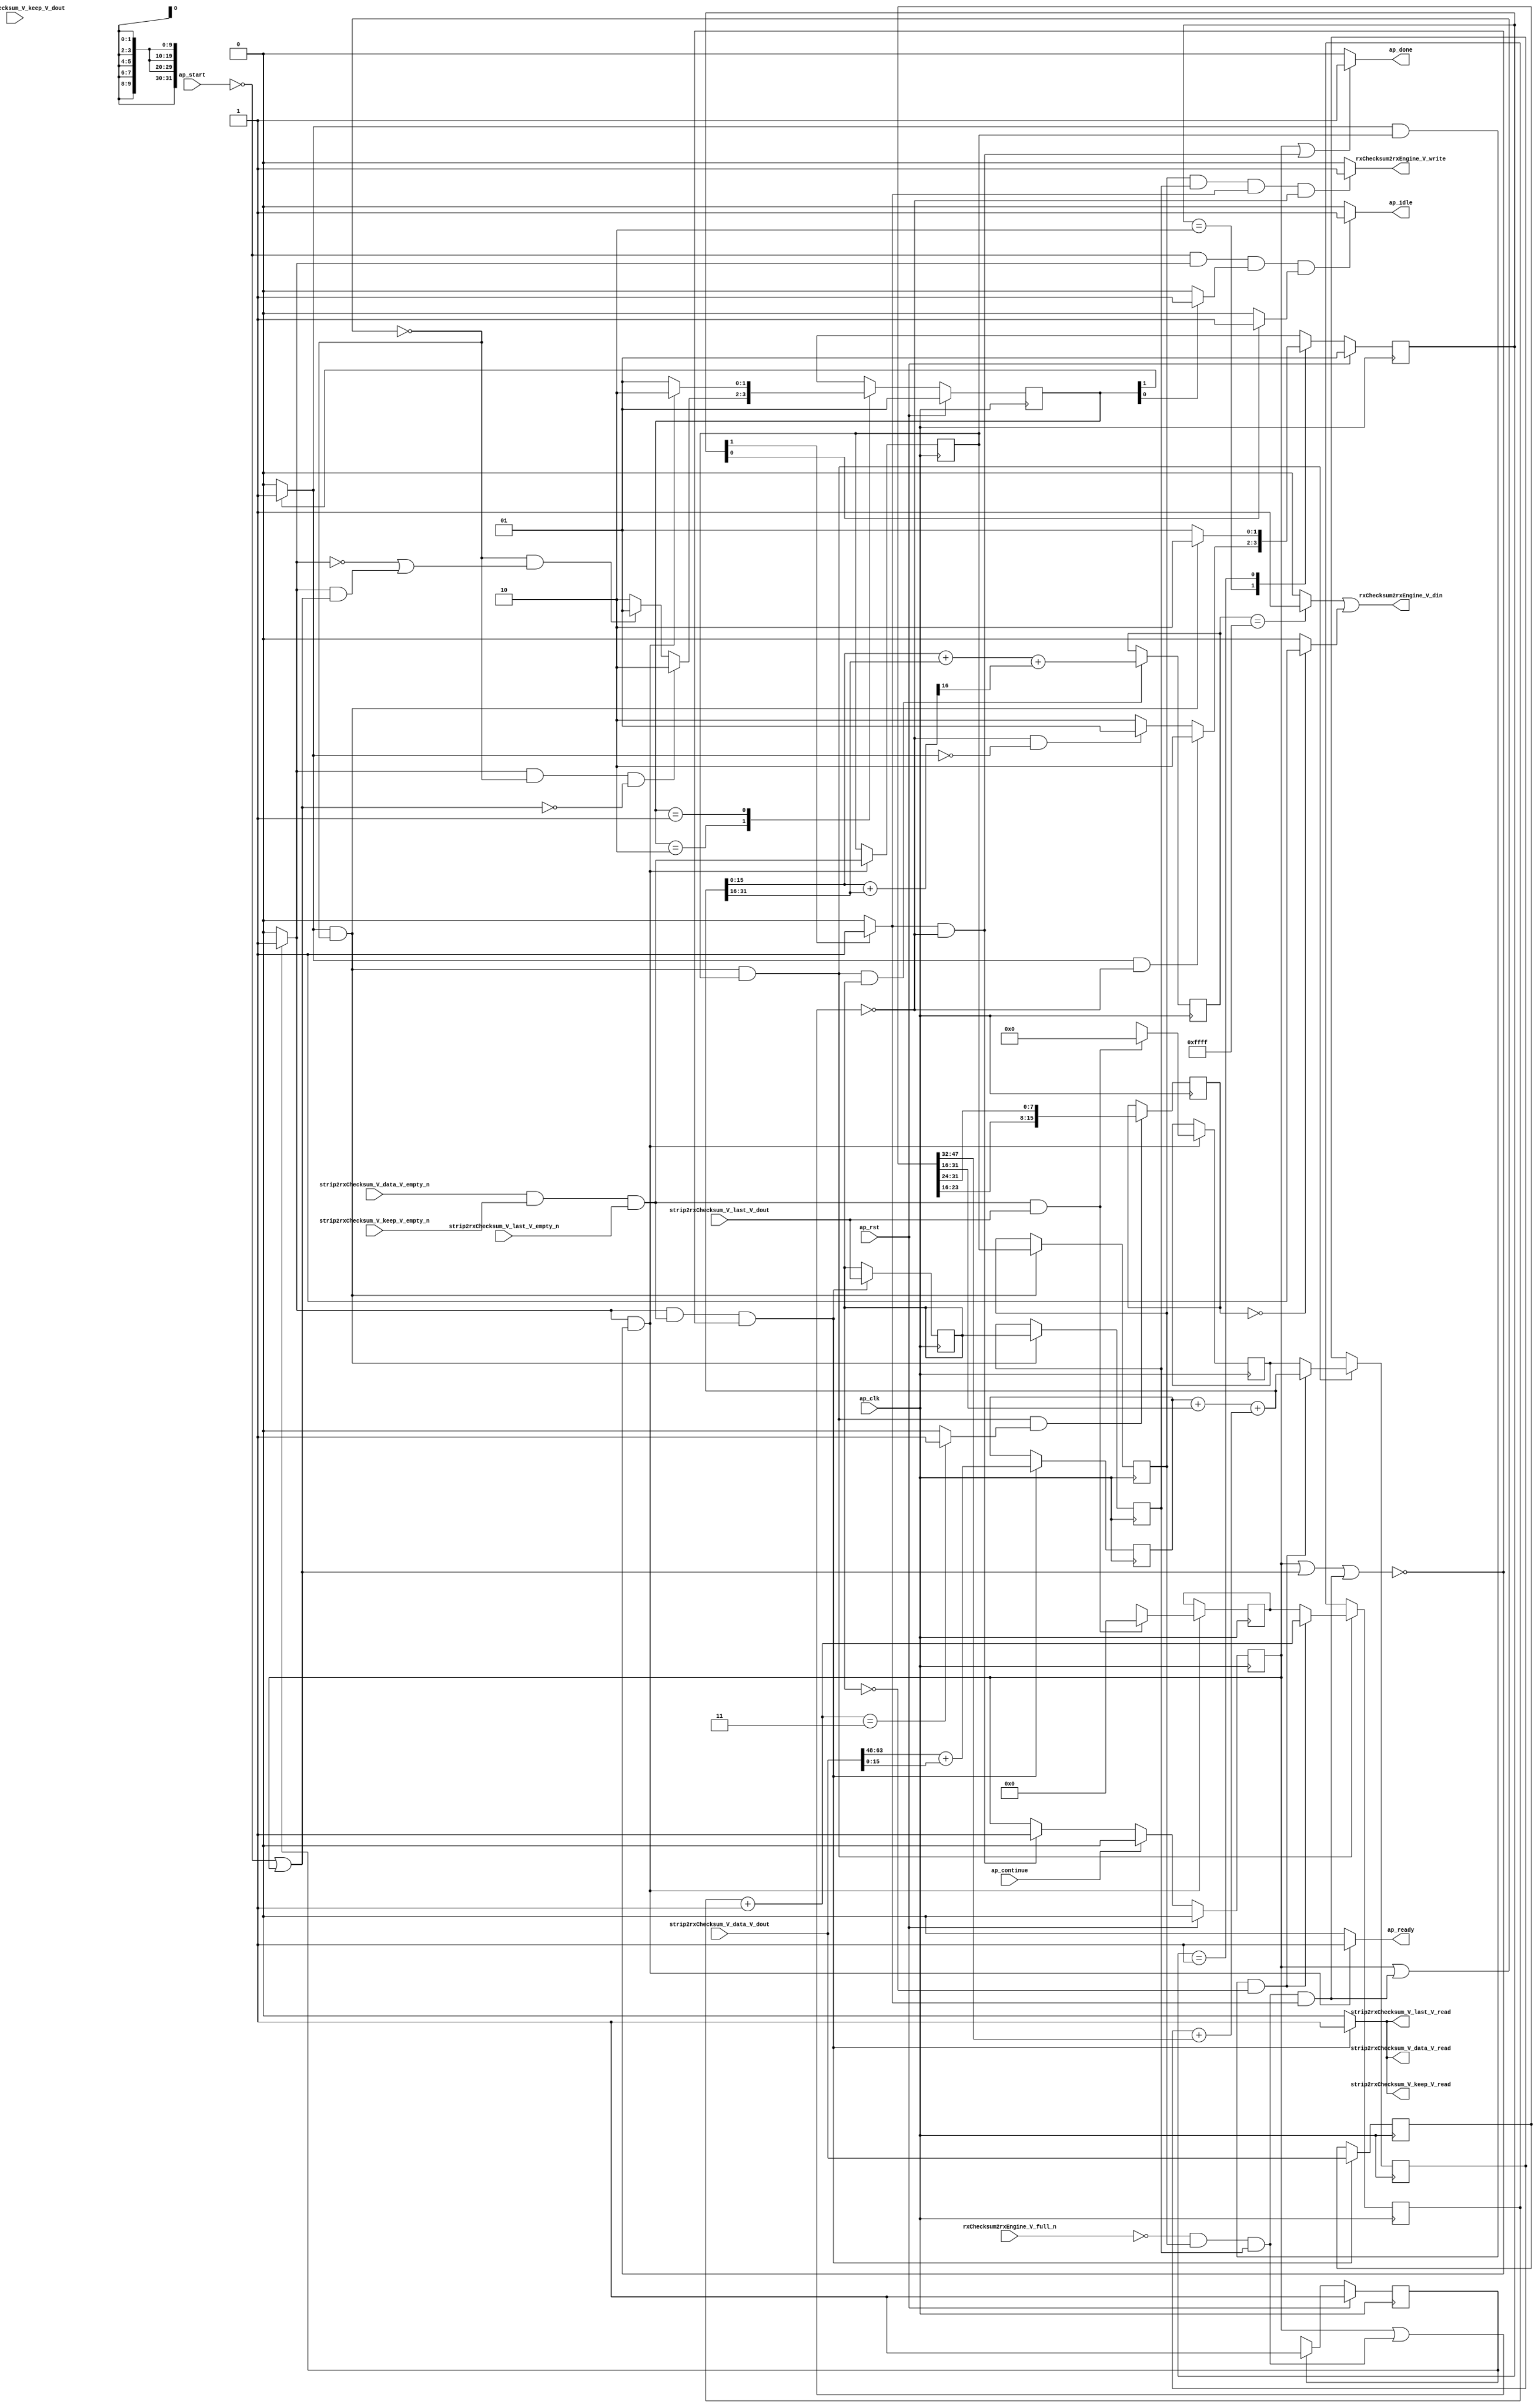
// ==============================================================
// RTL generated by Vivado(TM) HLS - High-Level Synthesis from C, C++ and SystemC
// Version: 2015.1
// Copyright (C) 2015 Xilinx Inc. All rights reserved.
// 
// ===========================================================

`timescale 1 ns / 1 ps 

module udp_rxEngineUdpChecksumVerificatio (
        ap_clk,
        ap_rst,
        ap_start,
        ap_done,
        ap_continue,
        ap_idle,
        ap_ready,
        rxChecksum2rxEngine_V_din,
        rxChecksum2rxEngine_V_full_n,
        rxChecksum2rxEngine_V_write,
        strip2rxChecksum_V_data_V_dout,
        strip2rxChecksum_V_data_V_empty_n,
        strip2rxChecksum_V_data_V_read,
        strip2rxChecksum_V_keep_V_dout,
        strip2rxChecksum_V_keep_V_empty_n,
        strip2rxChecksum_V_keep_V_read,
        strip2rxChecksum_V_last_V_dout,
        strip2rxChecksum_V_last_V_empty_n,
        strip2rxChecksum_V_last_V_read
);

parameter    ap_const_logic_1 = 1'b1;
parameter    ap_const_logic_0 = 1'b0;
parameter    ap_ST_st1_fsm0_0 = 1'b1;
parameter    ap_ST_st2_fsm1_1 = 2'b10;
parameter    ap_ST_st3_fsm2_1 = 2'b10;
parameter    ap_ST_st0_fsm1_0 = 2'b1;
parameter    ap_ST_st0_fsm2_0 = 2'b1;
parameter    ap_const_lv32_0 = 32'b00000000000000000000000000000000;
parameter    ap_const_lv1_1 = 1'b1;
parameter    ap_const_lv1_0 = 1'b0;
parameter    ap_const_lv32_1 = 32'b1;
parameter    ap_const_lv10_0 = 10'b0000000000;
parameter    ap_const_lv16_0 = 16'b0000000000000000;
parameter    ap_const_lv32_30 = 32'b110000;
parameter    ap_const_lv32_3F = 32'b111111;
parameter    ap_const_lv10_1 = 10'b1;
parameter    ap_const_lv10_3 = 10'b11;
parameter    ap_const_lv32_18 = 32'b11000;
parameter    ap_const_lv32_1F = 32'b11111;
parameter    ap_const_lv32_10 = 32'b10000;
parameter    ap_const_lv32_17 = 32'b10111;
parameter    ap_const_lv32_20 = 32'b100000;
parameter    ap_const_lv32_2F = 32'b101111;
parameter    ap_const_lv16_FFFF = 16'b1111111111111111;
parameter    ap_true = 1'b1;

input   ap_clk;
input   ap_rst;
input   ap_start;
output   ap_done;
input   ap_continue;
output   ap_idle;
output   ap_ready;
output  [0:0] rxChecksum2rxEngine_V_din;
input   rxChecksum2rxEngine_V_full_n;
output   rxChecksum2rxEngine_V_write;
input  [63:0] strip2rxChecksum_V_data_V_dout;
input   strip2rxChecksum_V_data_V_empty_n;
output   strip2rxChecksum_V_data_V_read;
input  [7:0] strip2rxChecksum_V_keep_V_dout;
input   strip2rxChecksum_V_keep_V_empty_n;
output   strip2rxChecksum_V_keep_V_read;
input  [0:0] strip2rxChecksum_V_last_V_dout;
input   strip2rxChecksum_V_last_V_empty_n;
output   strip2rxChecksum_V_last_V_read;

reg ap_done;
reg ap_idle;
reg ap_ready;
reg rxChecksum2rxEngine_V_write;
reg    ap_done_reg = 1'b0;
(* fsm_encoding = "none" *) reg   [0:0] ap_CS_fsm0 = 1'b1;
reg    ap_sig_cseq_ST_st1_fsm0_0;
reg    ap_sig_bdd_26;
(* fsm_encoding = "none" *) reg   [1:0] ap_CS_fsm1 = 2'b1;
reg    ap_sig_cseq_ST_st0_fsm1_0;
reg    ap_sig_bdd_37;
(* fsm_encoding = "none" *) reg   [1:0] ap_CS_fsm2 = 2'b1;
reg    ap_sig_cseq_ST_st0_fsm2_0;
reg    ap_sig_bdd_45;
wire    strip2rxChecksum_V_data_V0_status;
wire   [0:0] tmp_nbreadreq_fu_84_p5;
reg    ap_sig_bdd_60;
reg    ap_sig_cseq_ST_st2_fsm1_1;
reg    ap_sig_bdd_66;
reg   [0:0] tmp_reg_367;
reg   [0:0] ap_reg_ppstg_tmp_reg_367_pp0_it1;
reg   [0:0] tmp_last_V_reg_379;
reg   [0:0] ap_reg_ppstg_tmp_last_V_reg_379_pp0_it1;
reg    ap_sig_bdd_83;
reg    ap_sig_cseq_ST_st3_fsm2_1;
reg    ap_sig_bdd_88;
reg   [9:0] wordCounter_V = 10'b0000000000;
reg   [15:0] receivedChecksum_V = 16'b0000000000000000;
reg   [31:0] udpChecksum_V = 32'b00000000000000000000000000000000;
wire   [0:0] ap_reg_ppstg_tmp_reg_367_pp0_it0;
reg   [63:0] tmp_data_V_reg_371;
wire   [0:0] tmp_last_V_fu_140_p1;
wire   [0:0] ap_reg_ppstg_tmp_last_V_reg_379_pp0_it0;
wire   [16:0] tmp5_fu_166_p2;
reg   [16:0] tmp5_reg_383;
wire   [0:0] tmp_43_fu_183_p2;
wire   [15:0] tmp_48_fu_327_p2;
reg   [15:0] tmp_48_reg_392;
wire   [9:0] ap_reg_phiprechg_wordCounter_V_new_reg_113pp0_it0;
reg   [9:0] ap_reg_phiprechg_wordCounter_V_new_reg_113pp0_it1;
reg   [9:0] wordCounter_V_new_phi_fu_117_p4;
wire   [9:0] tmp_s_fu_176_p2;
wire   [31:0] ap_reg_phiprechg_udpChecksum_V_new_reg_124pp0_it0;
reg   [31:0] ap_reg_phiprechg_udpChecksum_V_new_reg_124pp0_it1;
reg   [31:0] udpChecksum_V_new_phi_fu_128_p4;
wire   [31:0] tmp_46_fu_270_p2;
reg    strip2rxChecksum_V_data_V0_update;
wire   [15:0] tmp_44_fu_207_p3;
wire   [15:0] p_Result_9_fu_144_p4;
wire   [15:0] tmp_92_fu_158_p1;
wire   [16:0] tmp_48_cast_fu_154_p1;
wire   [16:0] tmp_51_cast_fu_162_p1;
wire   [7:0] p_Result_s_34_fu_198_p4;
wire   [7:0] p_Result_s_fu_189_p4;
wire   [15:0] p_Result_10_fu_225_p4;
wire   [15:0] p_Result_11_fu_238_p4;
wire   [31:0] tmp_45_fu_234_p1;
wire   [17:0] tmp5_cast_fu_257_p1;
wire   [17:0] tmp_50_cast_fu_247_p1;
wire   [17:0] tmp4_fu_260_p2;
wire   [31:0] tmp4_cast_fu_266_p1;
wire   [31:0] tmp3_fu_251_p2;
wire   [15:0] tmp_93_fu_277_p1;
wire   [15:0] r_V_fu_285_p4;
wire   [16:0] tmp_59_cast_fu_281_p1;
wire   [16:0] r_V_cast_fu_295_p1;
wire   [15:0] tmp_94_fu_305_p1;
wire   [16:0] tmp_47_fu_299_p2;
wire   [0:0] tmp_96_fu_315_p3;
wire   [15:0] tmp_95_fu_309_p2;
wire   [15:0] r_V_3_fu_323_p1;
wire   [0:0] tmp_49_fu_345_p2;
wire   [0:0] tmp_50_fu_354_p2;
reg   [0:0] ap_NS_fsm0;
reg   [1:0] ap_NS_fsm1;
reg   [1:0] ap_NS_fsm2;
reg    ap_sig_bdd_153;
reg    ap_sig_bdd_95;




/// the current state (ap_CS_fsm0) of the state machine. ///
always @ (posedge ap_clk)
begin : ap_ret_ap_CS_fsm0
    if (ap_rst == 1'b1) begin
        ap_CS_fsm0 <= ap_ST_st1_fsm0_0;
    end else begin
        ap_CS_fsm0 <= ap_NS_fsm0;
    end
end

/// the current state (ap_CS_fsm1) of the state machine. ///
always @ (posedge ap_clk)
begin : ap_ret_ap_CS_fsm1
    if (ap_rst == 1'b1) begin
        ap_CS_fsm1 <= ap_ST_st0_fsm1_0;
    end else begin
        ap_CS_fsm1 <= ap_NS_fsm1;
    end
end

/// the current state (ap_CS_fsm2) of the state machine. ///
always @ (posedge ap_clk)
begin : ap_ret_ap_CS_fsm2
    if (ap_rst == 1'b1) begin
        ap_CS_fsm2 <= ap_ST_st0_fsm2_0;
    end else begin
        ap_CS_fsm2 <= ap_NS_fsm2;
    end
end

/// ap_done_reg assign process. ///
always @ (posedge ap_clk)
begin : ap_ret_ap_done_reg
    if (ap_rst == 1'b1) begin
        ap_done_reg <= ap_const_logic_0;
    end else begin
        if ((ap_const_logic_1 == ap_continue)) begin
            ap_done_reg <= ap_const_logic_0;
        end else if (((ap_const_logic_1 == ap_sig_cseq_ST_st3_fsm2_1) & ~((ap_done_reg == ap_const_logic_1) | ap_sig_bdd_83))) begin
            ap_done_reg <= ap_const_logic_1;
        end
    end
end

/// assign process. ///
always @(posedge ap_clk)
begin
    if (ap_sig_bdd_95) begin
        if (ap_sig_bdd_153) begin
            ap_reg_phiprechg_udpChecksum_V_new_reg_124pp0_it1 <= ap_const_lv32_0;
        end else if ((ap_true == ap_true)) begin
            ap_reg_phiprechg_udpChecksum_V_new_reg_124pp0_it1 <= ap_reg_phiprechg_udpChecksum_V_new_reg_124pp0_it0;
        end
    end
end

/// assign process. ///
always @(posedge ap_clk)
begin
    if (ap_sig_bdd_95) begin
        if (ap_sig_bdd_153) begin
            ap_reg_phiprechg_wordCounter_V_new_reg_113pp0_it1 <= ap_const_lv10_0;
        end else if ((ap_true == ap_true)) begin
            ap_reg_phiprechg_wordCounter_V_new_reg_113pp0_it1 <= ap_reg_phiprechg_wordCounter_V_new_reg_113pp0_it0;
        end
    end
end

/// assign process. ///
always @(posedge ap_clk)
begin
    if (((ap_const_logic_1 == ap_sig_cseq_ST_st2_fsm1_1) & ~((ap_done_reg == ap_const_logic_1) | (ap_sig_bdd_83 & (ap_const_logic_1 == ap_sig_cseq_ST_st3_fsm2_1))))) begin
        ap_reg_ppstg_tmp_last_V_reg_379_pp0_it1 <= tmp_last_V_reg_379;
        ap_reg_ppstg_tmp_reg_367_pp0_it1 <= tmp_reg_367;
    end
end

/// assign process. ///
always @(posedge ap_clk)
begin
    if (((ap_const_logic_1 == ap_sig_cseq_ST_st2_fsm1_1) & ~((ap_done_reg == ap_const_logic_1) | (ap_sig_bdd_83 & (ap_const_logic_1 == ap_sig_cseq_ST_st3_fsm2_1))) & ~(ap_const_lv1_0 == ap_reg_ppstg_tmp_reg_367_pp0_it0) & ~(ap_const_lv1_0 == tmp_43_fu_183_p2))) begin
        receivedChecksum_V <= tmp_44_fu_207_p3;
    end
end

/// assign process. ///
always @(posedge ap_clk)
begin
    if (((ap_const_logic_1 == ap_sig_cseq_ST_st1_fsm0_0) & ~(tmp_nbreadreq_fu_84_p5 == ap_const_lv1_0) & ~((ap_done_reg == ap_const_logic_1) | ap_sig_bdd_60 | (ap_sig_bdd_83 & (ap_const_logic_1 == ap_sig_cseq_ST_st3_fsm2_1))))) begin
        tmp5_reg_383 <= tmp5_fu_166_p2;
        tmp_data_V_reg_371 <= strip2rxChecksum_V_data_V_dout;
        tmp_last_V_reg_379 <= strip2rxChecksum_V_last_V_dout;
    end
end

/// assign process. ///
always @(posedge ap_clk)
begin
    if (((ap_const_logic_1 == ap_sig_cseq_ST_st2_fsm1_1) & ~((ap_done_reg == ap_const_logic_1) | (ap_sig_bdd_83 & (ap_const_logic_1 == ap_sig_cseq_ST_st3_fsm2_1))) & ~(ap_const_lv1_0 == ap_reg_ppstg_tmp_reg_367_pp0_it0) & ~(ap_const_lv1_0 == ap_reg_ppstg_tmp_last_V_reg_379_pp0_it0))) begin
        tmp_48_reg_392 <= tmp_48_fu_327_p2;
    end
end

/// assign process. ///
always @(posedge ap_clk)
begin
    if (((ap_const_logic_1 == ap_sig_cseq_ST_st1_fsm0_0) & ~((ap_done_reg == ap_const_logic_1) | ap_sig_bdd_60 | (ap_sig_bdd_83 & (ap_const_logic_1 == ap_sig_cseq_ST_st3_fsm2_1))))) begin
        tmp_reg_367 <= tmp_nbreadreq_fu_84_p5;
    end
end

/// assign process. ///
always @(posedge ap_clk)
begin
    if (((ap_const_logic_1 == ap_sig_cseq_ST_st2_fsm1_1) & ~((ap_done_reg == ap_const_logic_1) | (ap_sig_bdd_83 & (ap_const_logic_1 == ap_sig_cseq_ST_st3_fsm2_1))) & ~(ap_const_lv1_0 == ap_reg_ppstg_tmp_reg_367_pp0_it0))) begin
        udpChecksum_V <= udpChecksum_V_new_phi_fu_128_p4;
        wordCounter_V <= wordCounter_V_new_phi_fu_117_p4;
    end
end

/// ap_done assign process. ///
always @ (ap_done_reg or ap_sig_bdd_83 or ap_sig_cseq_ST_st3_fsm2_1)
begin
    if (((ap_const_logic_1 == ap_done_reg) | ((ap_const_logic_1 == ap_sig_cseq_ST_st3_fsm2_1) & ~((ap_done_reg == ap_const_logic_1) | ap_sig_bdd_83)))) begin
        ap_done = ap_const_logic_1;
    end else begin
        ap_done = ap_const_logic_0;
    end
end

/// ap_idle assign process. ///
always @ (ap_start or ap_sig_cseq_ST_st1_fsm0_0 or ap_sig_cseq_ST_st0_fsm1_0 or ap_sig_cseq_ST_st0_fsm2_0)
begin
    if ((~(ap_const_logic_1 == ap_start) & (ap_const_logic_1 == ap_sig_cseq_ST_st1_fsm0_0) & (ap_const_logic_1 == ap_sig_cseq_ST_st0_fsm1_0) & (ap_const_logic_1 == ap_sig_cseq_ST_st0_fsm2_0))) begin
        ap_idle = ap_const_logic_1;
    end else begin
        ap_idle = ap_const_logic_0;
    end
end

/// ap_ready assign process. ///
always @ (ap_done_reg or ap_sig_cseq_ST_st1_fsm0_0 or ap_sig_bdd_60 or ap_sig_bdd_83 or ap_sig_cseq_ST_st3_fsm2_1)
begin
    if (((ap_const_logic_1 == ap_sig_cseq_ST_st1_fsm0_0) & ~((ap_done_reg == ap_const_logic_1) | ap_sig_bdd_60 | (ap_sig_bdd_83 & (ap_const_logic_1 == ap_sig_cseq_ST_st3_fsm2_1))))) begin
        ap_ready = ap_const_logic_1;
    end else begin
        ap_ready = ap_const_logic_0;
    end
end

/// ap_sig_cseq_ST_st0_fsm1_0 assign process. ///
always @ (ap_sig_bdd_37)
begin
    if (ap_sig_bdd_37) begin
        ap_sig_cseq_ST_st0_fsm1_0 = ap_const_logic_1;
    end else begin
        ap_sig_cseq_ST_st0_fsm1_0 = ap_const_logic_0;
    end
end

/// ap_sig_cseq_ST_st0_fsm2_0 assign process. ///
always @ (ap_sig_bdd_45)
begin
    if (ap_sig_bdd_45) begin
        ap_sig_cseq_ST_st0_fsm2_0 = ap_const_logic_1;
    end else begin
        ap_sig_cseq_ST_st0_fsm2_0 = ap_const_logic_0;
    end
end

/// ap_sig_cseq_ST_st1_fsm0_0 assign process. ///
always @ (ap_sig_bdd_26)
begin
    if (ap_sig_bdd_26) begin
        ap_sig_cseq_ST_st1_fsm0_0 = ap_const_logic_1;
    end else begin
        ap_sig_cseq_ST_st1_fsm0_0 = ap_const_logic_0;
    end
end

/// ap_sig_cseq_ST_st2_fsm1_1 assign process. ///
always @ (ap_sig_bdd_66)
begin
    if (ap_sig_bdd_66) begin
        ap_sig_cseq_ST_st2_fsm1_1 = ap_const_logic_1;
    end else begin
        ap_sig_cseq_ST_st2_fsm1_1 = ap_const_logic_0;
    end
end

/// ap_sig_cseq_ST_st3_fsm2_1 assign process. ///
always @ (ap_sig_bdd_88)
begin
    if (ap_sig_bdd_88) begin
        ap_sig_cseq_ST_st3_fsm2_1 = ap_const_logic_1;
    end else begin
        ap_sig_cseq_ST_st3_fsm2_1 = ap_const_logic_0;
    end
end

/// rxChecksum2rxEngine_V_write assign process. ///
always @ (ap_done_reg or ap_reg_ppstg_tmp_reg_367_pp0_it1 or ap_reg_ppstg_tmp_last_V_reg_379_pp0_it1 or ap_sig_bdd_83 or ap_sig_cseq_ST_st3_fsm2_1)
begin
    if ((~(ap_const_lv1_0 == ap_reg_ppstg_tmp_reg_367_pp0_it1) & ~(ap_const_lv1_0 == ap_reg_ppstg_tmp_last_V_reg_379_pp0_it1) & (ap_const_logic_1 == ap_sig_cseq_ST_st3_fsm2_1) & ~((ap_done_reg == ap_const_logic_1) | ap_sig_bdd_83))) begin
        rxChecksum2rxEngine_V_write = ap_const_logic_1;
    end else begin
        rxChecksum2rxEngine_V_write = ap_const_logic_0;
    end
end

/// strip2rxChecksum_V_data_V0_update assign process. ///
always @ (ap_done_reg or ap_sig_cseq_ST_st1_fsm0_0 or tmp_nbreadreq_fu_84_p5 or ap_sig_bdd_60 or ap_sig_bdd_83 or ap_sig_cseq_ST_st3_fsm2_1)
begin
    if (((ap_const_logic_1 == ap_sig_cseq_ST_st1_fsm0_0) & ~(tmp_nbreadreq_fu_84_p5 == ap_const_lv1_0) & ~((ap_done_reg == ap_const_logic_1) | ap_sig_bdd_60 | (ap_sig_bdd_83 & (ap_const_logic_1 == ap_sig_cseq_ST_st3_fsm2_1))))) begin
        strip2rxChecksum_V_data_V0_update = ap_const_logic_1;
    end else begin
        strip2rxChecksum_V_data_V0_update = ap_const_logic_0;
    end
end

/// udpChecksum_V_new_phi_fu_128_p4 assign process. ///
always @ (ap_sig_cseq_ST_st2_fsm1_1 or ap_reg_ppstg_tmp_reg_367_pp0_it0 or ap_reg_ppstg_tmp_last_V_reg_379_pp0_it0 or ap_reg_phiprechg_udpChecksum_V_new_reg_124pp0_it1 or tmp_46_fu_270_p2)
begin
    if (((ap_const_logic_1 == ap_sig_cseq_ST_st2_fsm1_1) & ~(ap_const_lv1_0 == ap_reg_ppstg_tmp_reg_367_pp0_it0) & (ap_const_lv1_0 == ap_reg_ppstg_tmp_last_V_reg_379_pp0_it0))) begin
        udpChecksum_V_new_phi_fu_128_p4 = tmp_46_fu_270_p2;
    end else begin
        udpChecksum_V_new_phi_fu_128_p4 = ap_reg_phiprechg_udpChecksum_V_new_reg_124pp0_it1;
    end
end

/// wordCounter_V_new_phi_fu_117_p4 assign process. ///
always @ (ap_sig_cseq_ST_st2_fsm1_1 or ap_reg_ppstg_tmp_reg_367_pp0_it0 or ap_reg_ppstg_tmp_last_V_reg_379_pp0_it0 or ap_reg_phiprechg_wordCounter_V_new_reg_113pp0_it1 or tmp_s_fu_176_p2)
begin
    if (((ap_const_logic_1 == ap_sig_cseq_ST_st2_fsm1_1) & ~(ap_const_lv1_0 == ap_reg_ppstg_tmp_reg_367_pp0_it0) & (ap_const_lv1_0 == ap_reg_ppstg_tmp_last_V_reg_379_pp0_it0))) begin
        wordCounter_V_new_phi_fu_117_p4 = tmp_s_fu_176_p2;
    end else begin
        wordCounter_V_new_phi_fu_117_p4 = ap_reg_phiprechg_wordCounter_V_new_reg_113pp0_it1;
    end
end
/// the next state (ap_NS_fsm2) of the state machine. ///
always @ (ap_done_reg or ap_CS_fsm2 or ap_sig_cseq_ST_st2_fsm1_1 or ap_sig_bdd_83 or ap_sig_cseq_ST_st3_fsm2_1)
begin
    case (ap_CS_fsm2)
        ap_ST_st3_fsm2_1 : 
        begin
            if (((ap_const_logic_1 == ap_sig_cseq_ST_st2_fsm1_1) & ~((ap_done_reg == ap_const_logic_1) | ap_sig_bdd_83))) begin
                ap_NS_fsm2 = ap_ST_st3_fsm2_1;
            end else if ((~((ap_done_reg == ap_const_logic_1) | ap_sig_bdd_83) & ~(ap_const_logic_1 == ap_sig_cseq_ST_st2_fsm1_1))) begin
                ap_NS_fsm2 = ap_ST_st0_fsm2_0;
            end else begin
                ap_NS_fsm2 = ap_ST_st3_fsm2_1;
            end
        end
        ap_ST_st0_fsm2_0 : 
        begin
            if (((ap_const_logic_1 == ap_sig_cseq_ST_st2_fsm1_1) & ~((ap_done_reg == ap_const_logic_1) | (ap_sig_bdd_83 & (ap_const_logic_1 == ap_sig_cseq_ST_st3_fsm2_1))))) begin
                ap_NS_fsm2 = ap_ST_st3_fsm2_1;
            end else begin
                ap_NS_fsm2 = ap_ST_st0_fsm2_0;
            end
        end
        default : 
        begin
            ap_NS_fsm2 = 'bx;
        end
    endcase
end

/// the next state (ap_NS_fsm0) of the state machine. ///
always @ (ap_done_reg or ap_CS_fsm0 or ap_sig_bdd_60 or ap_sig_bdd_83 or ap_sig_cseq_ST_st3_fsm2_1)
begin
    case (ap_CS_fsm0)
        ap_ST_st1_fsm0_0 : 
        begin
            ap_NS_fsm0 = ap_ST_st1_fsm0_0;
        end
        default : 
        begin
            ap_NS_fsm0 = 'bx;
        end
    endcase
end

/// the next state (ap_NS_fsm1) of the state machine. ///
always @ (ap_done_reg or ap_sig_cseq_ST_st1_fsm0_0 or ap_CS_fsm1 or ap_sig_bdd_60 or ap_sig_bdd_83 or ap_sig_cseq_ST_st3_fsm2_1)
begin
    case (ap_CS_fsm1)
        ap_ST_st2_fsm1_1 : 
        begin
            if (((ap_const_logic_1 == ap_sig_cseq_ST_st1_fsm0_0) & ~((ap_done_reg == ap_const_logic_1) | (ap_sig_bdd_83 & (ap_const_logic_1 == ap_sig_cseq_ST_st3_fsm2_1))) & ~ap_sig_bdd_60)) begin
                ap_NS_fsm1 = ap_ST_st2_fsm1_1;
            end else if ((~((ap_done_reg == ap_const_logic_1) | (ap_sig_bdd_83 & (ap_const_logic_1 == ap_sig_cseq_ST_st3_fsm2_1))) & (~(ap_const_logic_1 == ap_sig_cseq_ST_st1_fsm0_0) | ((ap_const_logic_1 == ap_sig_cseq_ST_st1_fsm0_0) & ap_sig_bdd_60)))) begin
                ap_NS_fsm1 = ap_ST_st0_fsm1_0;
            end else begin
                ap_NS_fsm1 = ap_ST_st2_fsm1_1;
            end
        end
        ap_ST_st0_fsm1_0 : 
        begin
            if (((ap_const_logic_1 == ap_sig_cseq_ST_st1_fsm0_0) & ~((ap_done_reg == ap_const_logic_1) | ap_sig_bdd_60 | (ap_sig_bdd_83 & (ap_const_logic_1 == ap_sig_cseq_ST_st3_fsm2_1))))) begin
                ap_NS_fsm1 = ap_ST_st2_fsm1_1;
            end else begin
                ap_NS_fsm1 = ap_ST_st0_fsm1_0;
            end
        end
        default : 
        begin
            ap_NS_fsm1 = 'bx;
        end
    endcase
end

assign ap_reg_phiprechg_udpChecksum_V_new_reg_124pp0_it0 = 'bx;
assign ap_reg_phiprechg_wordCounter_V_new_reg_113pp0_it0 = 'bx;
assign ap_reg_ppstg_tmp_last_V_reg_379_pp0_it0 = tmp_last_V_reg_379;
assign ap_reg_ppstg_tmp_reg_367_pp0_it0 = tmp_reg_367;

/// ap_sig_bdd_153 assign process. ///
always @ (tmp_nbreadreq_fu_84_p5 or tmp_last_V_fu_140_p1)
begin
    ap_sig_bdd_153 = (~(tmp_nbreadreq_fu_84_p5 == ap_const_lv1_0) & ~(ap_const_lv1_0 == tmp_last_V_fu_140_p1));
end

/// ap_sig_bdd_26 assign process. ///
always @ (ap_CS_fsm0)
begin
    ap_sig_bdd_26 = (ap_CS_fsm0[ap_const_lv32_0] == ap_const_lv1_1);
end

/// ap_sig_bdd_37 assign process. ///
always @ (ap_CS_fsm1)
begin
    ap_sig_bdd_37 = (ap_const_lv1_1 == ap_CS_fsm1[ap_const_lv32_0]);
end

/// ap_sig_bdd_45 assign process. ///
always @ (ap_CS_fsm2)
begin
    ap_sig_bdd_45 = (ap_const_lv1_1 == ap_CS_fsm2[ap_const_lv32_0]);
end

/// ap_sig_bdd_60 assign process. ///
always @ (ap_start or ap_done_reg or strip2rxChecksum_V_data_V0_status or tmp_nbreadreq_fu_84_p5)
begin
    ap_sig_bdd_60 = (((strip2rxChecksum_V_data_V0_status == ap_const_logic_0) & ~(tmp_nbreadreq_fu_84_p5 == ap_const_lv1_0)) | (ap_start == ap_const_logic_0) | (ap_done_reg == ap_const_logic_1));
end

/// ap_sig_bdd_66 assign process. ///
always @ (ap_CS_fsm1)
begin
    ap_sig_bdd_66 = (ap_const_lv1_1 == ap_CS_fsm1[ap_const_lv32_1]);
end

/// ap_sig_bdd_83 assign process. ///
always @ (rxChecksum2rxEngine_V_full_n or ap_reg_ppstg_tmp_reg_367_pp0_it1 or ap_reg_ppstg_tmp_last_V_reg_379_pp0_it1)
begin
    ap_sig_bdd_83 = ((rxChecksum2rxEngine_V_full_n == ap_const_logic_0) & ~(ap_const_lv1_0 == ap_reg_ppstg_tmp_reg_367_pp0_it1) & ~(ap_const_lv1_0 == ap_reg_ppstg_tmp_last_V_reg_379_pp0_it1));
end

/// ap_sig_bdd_88 assign process. ///
always @ (ap_CS_fsm2)
begin
    ap_sig_bdd_88 = (ap_const_lv1_1 == ap_CS_fsm2[ap_const_lv32_1]);
end

/// ap_sig_bdd_95 assign process. ///
always @ (ap_done_reg or ap_sig_cseq_ST_st1_fsm0_0 or ap_sig_bdd_60 or ap_sig_bdd_83 or ap_sig_cseq_ST_st3_fsm2_1)
begin
    ap_sig_bdd_95 = ((ap_const_logic_1 == ap_sig_cseq_ST_st1_fsm0_0) & ~((ap_done_reg == ap_const_logic_1) | ap_sig_bdd_60 | (ap_sig_bdd_83 & (ap_const_logic_1 == ap_sig_cseq_ST_st3_fsm2_1))));
end
assign p_Result_10_fu_225_p4 = {{tmp_data_V_reg_371[ap_const_lv32_2F : ap_const_lv32_20]}};
assign p_Result_11_fu_238_p4 = {{tmp_data_V_reg_371[ap_const_lv32_1F : ap_const_lv32_10]}};
assign p_Result_9_fu_144_p4 = {{strip2rxChecksum_V_data_V_dout[ap_const_lv32_3F : ap_const_lv32_30]}};
assign p_Result_s_34_fu_198_p4 = {{tmp_data_V_reg_371[ap_const_lv32_17 : ap_const_lv32_10]}};
assign p_Result_s_fu_189_p4 = {{tmp_data_V_reg_371[ap_const_lv32_1F : ap_const_lv32_18]}};
assign r_V_3_fu_323_p1 = tmp_96_fu_315_p3;
assign r_V_cast_fu_295_p1 = r_V_fu_285_p4;
assign r_V_fu_285_p4 = {{tmp_46_fu_270_p2[ap_const_lv32_1F : ap_const_lv32_10]}};
assign rxChecksum2rxEngine_V_din = (tmp_49_fu_345_p2 | tmp_50_fu_354_p2);
assign strip2rxChecksum_V_data_V0_status = (strip2rxChecksum_V_data_V_empty_n & strip2rxChecksum_V_keep_V_empty_n & strip2rxChecksum_V_last_V_empty_n);
assign strip2rxChecksum_V_data_V_read = strip2rxChecksum_V_data_V0_update;
assign strip2rxChecksum_V_keep_V_read = strip2rxChecksum_V_data_V0_update;
assign strip2rxChecksum_V_last_V_read = strip2rxChecksum_V_data_V0_update;
assign tmp3_fu_251_p2 = (udpChecksum_V + tmp_45_fu_234_p1);
assign tmp4_cast_fu_266_p1 = tmp4_fu_260_p2;
assign tmp4_fu_260_p2 = (tmp5_cast_fu_257_p1 + tmp_50_cast_fu_247_p1);
assign tmp5_cast_fu_257_p1 = tmp5_reg_383;
assign tmp5_fu_166_p2 = (tmp_48_cast_fu_154_p1 + tmp_51_cast_fu_162_p1);
assign tmp_43_fu_183_p2 = (tmp_s_fu_176_p2 == ap_const_lv10_3? 1'b1: 1'b0);
assign tmp_44_fu_207_p3 = {{p_Result_s_34_fu_198_p4}, {p_Result_s_fu_189_p4}};
assign tmp_45_fu_234_p1 = p_Result_10_fu_225_p4;
assign tmp_46_fu_270_p2 = (tmp4_cast_fu_266_p1 + tmp3_fu_251_p2);
assign tmp_47_fu_299_p2 = (tmp_59_cast_fu_281_p1 + r_V_cast_fu_295_p1);
assign tmp_48_cast_fu_154_p1 = p_Result_9_fu_144_p4;
assign tmp_48_fu_327_p2 = (tmp_95_fu_309_p2 + r_V_3_fu_323_p1);
assign tmp_49_fu_345_p2 = (tmp_48_reg_392 == ap_const_lv16_FFFF? 1'b1: 1'b0);
assign tmp_50_cast_fu_247_p1 = p_Result_11_fu_238_p4;
assign tmp_50_fu_354_p2 = (receivedChecksum_V == ap_const_lv16_0? 1'b1: 1'b0);
assign tmp_51_cast_fu_162_p1 = tmp_92_fu_158_p1;
assign tmp_59_cast_fu_281_p1 = tmp_93_fu_277_p1;
assign tmp_92_fu_158_p1 = strip2rxChecksum_V_data_V_dout[15:0];
assign tmp_93_fu_277_p1 = tmp_46_fu_270_p2[15:0];
assign tmp_94_fu_305_p1 = tmp_46_fu_270_p2[15:0];
assign tmp_95_fu_309_p2 = (tmp_94_fu_305_p1 + r_V_fu_285_p4);
assign tmp_96_fu_315_p3 = tmp_47_fu_299_p2[ap_const_lv32_10];
assign tmp_last_V_fu_140_p1 = strip2rxChecksum_V_last_V_dout;
assign tmp_nbreadreq_fu_84_p5 = (strip2rxChecksum_V_data_V_empty_n & strip2rxChecksum_V_keep_V_empty_n & strip2rxChecksum_V_last_V_empty_n);
assign tmp_s_fu_176_p2 = (wordCounter_V + ap_const_lv10_1);


endmodule //udp_rxEngineUdpChecksumVerificatio